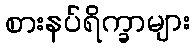
စားနပ်ရိက္ခာများ